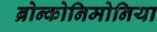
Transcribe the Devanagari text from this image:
ब्रोन्कोनिमोनिया